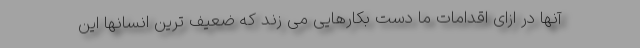
آنها در ازای اقدامات ما دست بکارهایی می زند که ضعیف ترین انسانها این